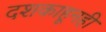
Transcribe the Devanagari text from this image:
दशकाहूनही